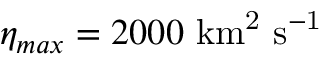
\eta _ { m a x } = 2 0 0 0 \ \mathrm { k m ^ { 2 } \ s ^ { - 1 } }